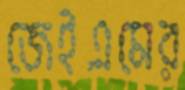
জেইএমের